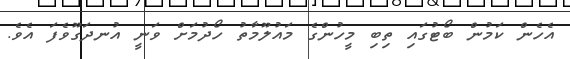
އެހެން ކަމުން ބޯޓުގައި ތިބި މީހުންގެ މައުލޫމާތު ހޯދުމަށް ވަނީ އުނދަގޫވެފަ އެވެ.